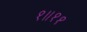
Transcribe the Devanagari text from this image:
१॥११